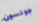
جونسون